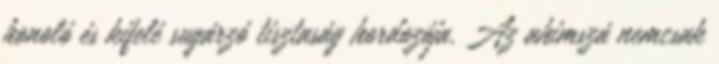
honoló és kifelé sugárzó tisztaság hordozója. Az ahimszá nemcsak